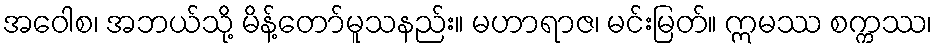
အဝေါစ၊ အဘယ်သို့ မိန့်တော်မူသနည်း။ မဟာရာဇ၊ မင်းမြတ်။ ဣမဿ စက္ကဿ၊